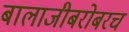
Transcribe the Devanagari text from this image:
बालाजीबरोबरच